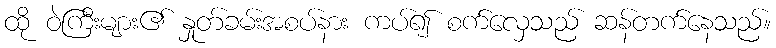
ထို ဝဲကြီးများ၏ နှုတ်ခမ်းအစပ်နား ကပ်၍ စက်လှေသည် ဆန်တက်နေသည်။